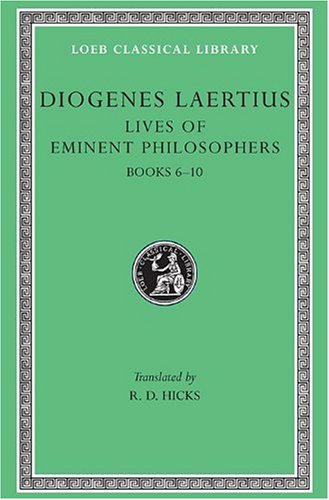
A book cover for Diogenes Laertius: Lives of Eminent Philosophers, Volume II, Books 6-10 (Loeb Classical Library No. 185); Diogenes Laertius; Biographies & Memoirs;